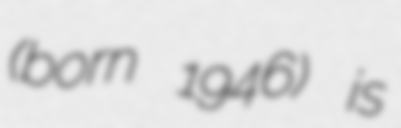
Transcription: (born 1946) is